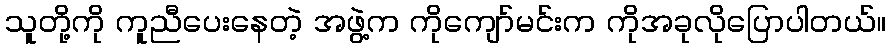
သူတို့ကို ကူညီပေးနေတဲ့ အဖွဲ့က ကိုကျော်မင်းက ကိုအခုလိုပြောပါတယ်။